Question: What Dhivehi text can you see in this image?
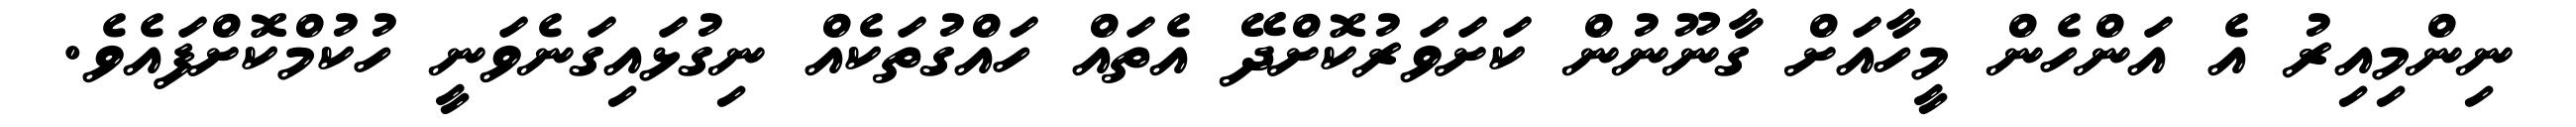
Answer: ނިންމިއިރު އެ އަންހެން މީހާއަށް ގާނޫނުން ކަށަވަރުކޮށްދޭ އެތައް ހައްގުތަކެއް ނިގުޅައިގަނެވަނީ ހުކުމްކޮށްފައެވެ.